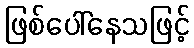
ဖြစ်ပေါ်နေသဖြင့်